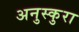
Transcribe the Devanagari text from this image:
अनुस्कुरा